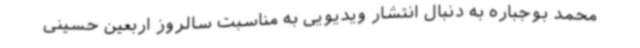
محمد بوجباره به دنبال انتشار ویدیویی به مناسبت سالروز اربعین حسینی